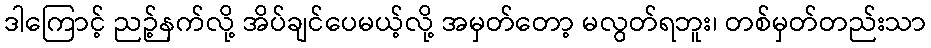
ဒါကြောင့် ညဉ့်နက်လို့ အိပ်ချင်ပေမယ့်လို့ အမှတ်တော့ မလွတ်ရဘူး၊ တစ်မှတ်တည်းသာ